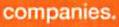
companies.